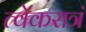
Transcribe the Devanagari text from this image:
त्वेकरात्रं